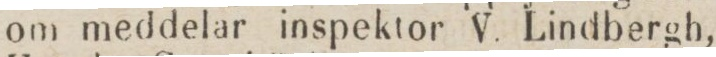
om meddelar inspektor V. Lindbergh,